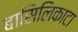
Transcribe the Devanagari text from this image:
बासिलिकाटा